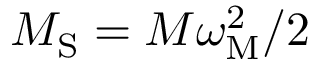
M _ { \mathrm { S } } = M \omega _ { \mathrm { M } } ^ { 2 } / 2